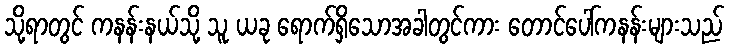
သို့ရာတွင် ကနန်းနယ်သို့ သူ ယခု ရောက်ရှိသောအခါတွင်ကား တောင်ပေါ်ကနန်းများသည်